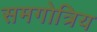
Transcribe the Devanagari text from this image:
समगोत्रिय